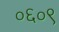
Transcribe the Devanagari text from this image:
०६०९